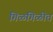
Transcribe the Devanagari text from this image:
गिळगिळीत